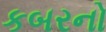
કબરનો